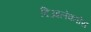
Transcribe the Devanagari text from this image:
दिआलेक्तोस